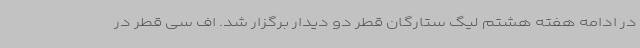
در ادامه هفته هشتم لیگ ستارگان قطر دو دیدار برگزار شد. اف سی قطر در